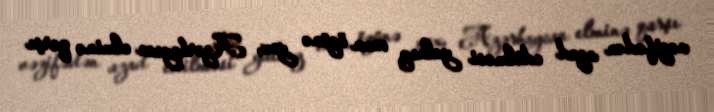
vəzifədən azad edilməsi yalnız onun özünə yox, Azərbaycan elminə qarşı